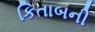
કિતાબની